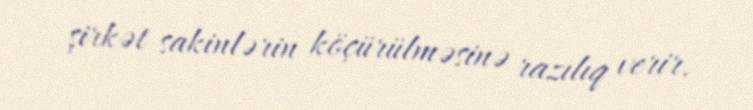
şirkət sakinlərin köçürülməsinə razılıq verir.